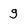
Character: g